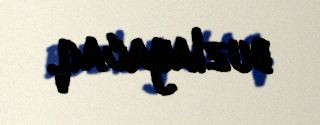
buzlayacaq.